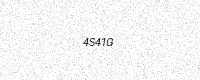
Text: 4S41G